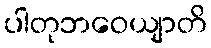
ပါတုဘဝေယျာတိ